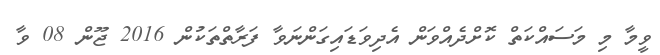
ވީމާ މި މަސައްކަތް ކޮށްދެއްވަން އެދިވަޑައިގަންނަވާ ފަރާތްތަކުން 2016 ޖޫން 08 ވާ